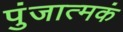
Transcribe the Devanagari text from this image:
पुंजात्मकं